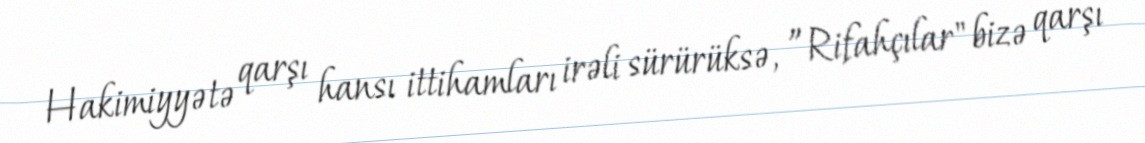
Hakimiyyətə qarşı hansı ittihamları irəli sürürüksə, ”Rifahçılar" bizə qarşı